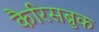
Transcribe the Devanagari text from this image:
कैरिसब्रुक